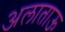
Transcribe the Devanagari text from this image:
अलाताऊ